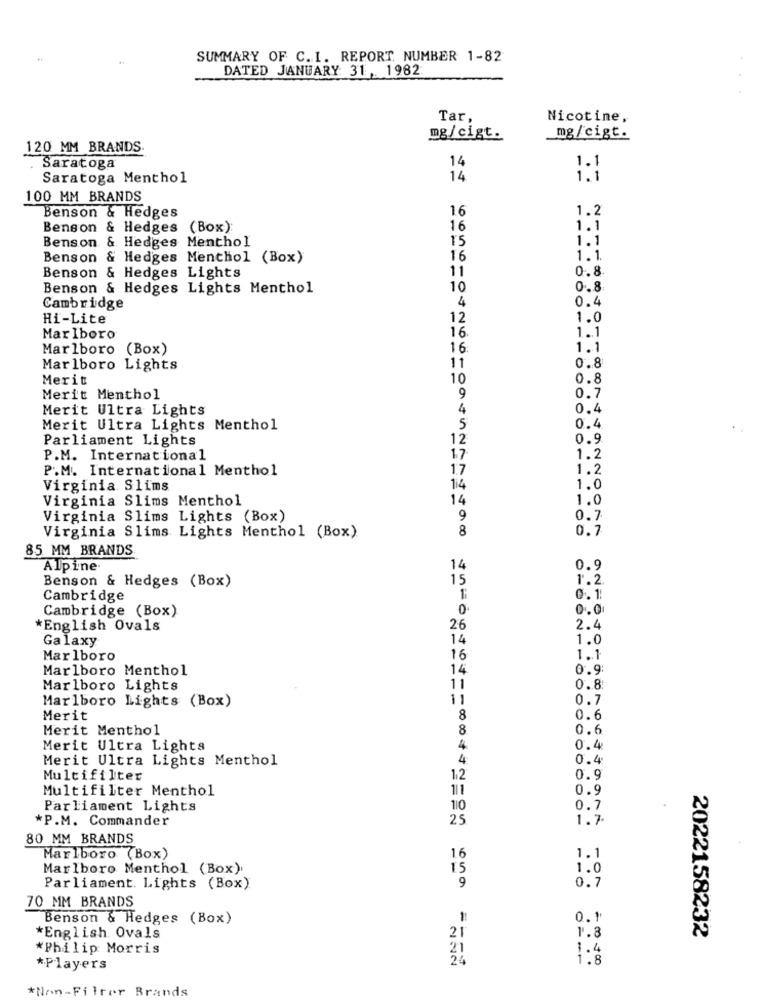
SUMMARY OF C. I. REPORT. NUMBER 1-82
DATED JANUARY: 31,1982
Tar.
Nicotine,
mg/cigt.
mg/cigt.
120 MM BRANDS
14
1.1
Saratoga
Saratoga Menthol
14
1.1
100 MM BRANDS
Benson & Hedges
16
1.2
Benson & Hedges (Box):
16
1.1
Benson & Hedges Menthol
15
1.1
Benson & Hedges Menthol (Box)
16
1.1.
11
0.8
Benson & Hedges Lights
Benson & Hedges Lights Menthol
10
0.8
4
0.4
Cambridge
Hi-Lite
12
1.0
16.
1.1
Marlboro
Marlboro (Box)
16.
1.1
0.8
Marlboro Lights
11
Merit
10
0.8
0.7
Merit Menthol
9
Merit Ultra Lights
4
0.4
Merit Ultra Lights Menthol
5
0.4
Parliament Lights
12
0.9
P.M. International
17
1.2
P.M. International Menthol
17
1.2
Virginia Slims
114
1.0
Virginia Slims Menthol
14
1.0
Virginia Slims Lights (Box)
9
0.7
8
0.7
Virginia Slims Lights Menthol (Box)
85 MM BRANDS
Alpine.
14
0.9
Benson & Hedges (Box)
15
1.2.
Cambridge
0.1
Cambridge (Box)
0
English Ovals
26
2.4
Galaxy
14
1.0
Marlboro
16
1.1
Marlboro Menthol
14
0.9
Marlboro Lights
11
0.8
Marlboro Lights (Box)
11
0.7
Merit
8
0.6
Merit Menthol
8
0.6
Merit Ultra Lights
4
0.4
Merit Ultra Lights Menthol
4:
0.4
Multifilter
12
0.9
Multifilter Menthol
111
0.9
Parliament Lights
110
0.7
*P.M. Commander
25
1.7
80 MM BRANDS
Marlboro (Box)
16
1.1
Marlboro Menthol (Box).
15
1.0
0.7
Parliament. Lights (Box)
9
70 MM BRANDS
Benson & Hedges (Box)
0.1
21
*English Ovals
1.8
2022158232
*Philip Morris
21
1.4
24
1.8
*Players
*Non-Filter Brands